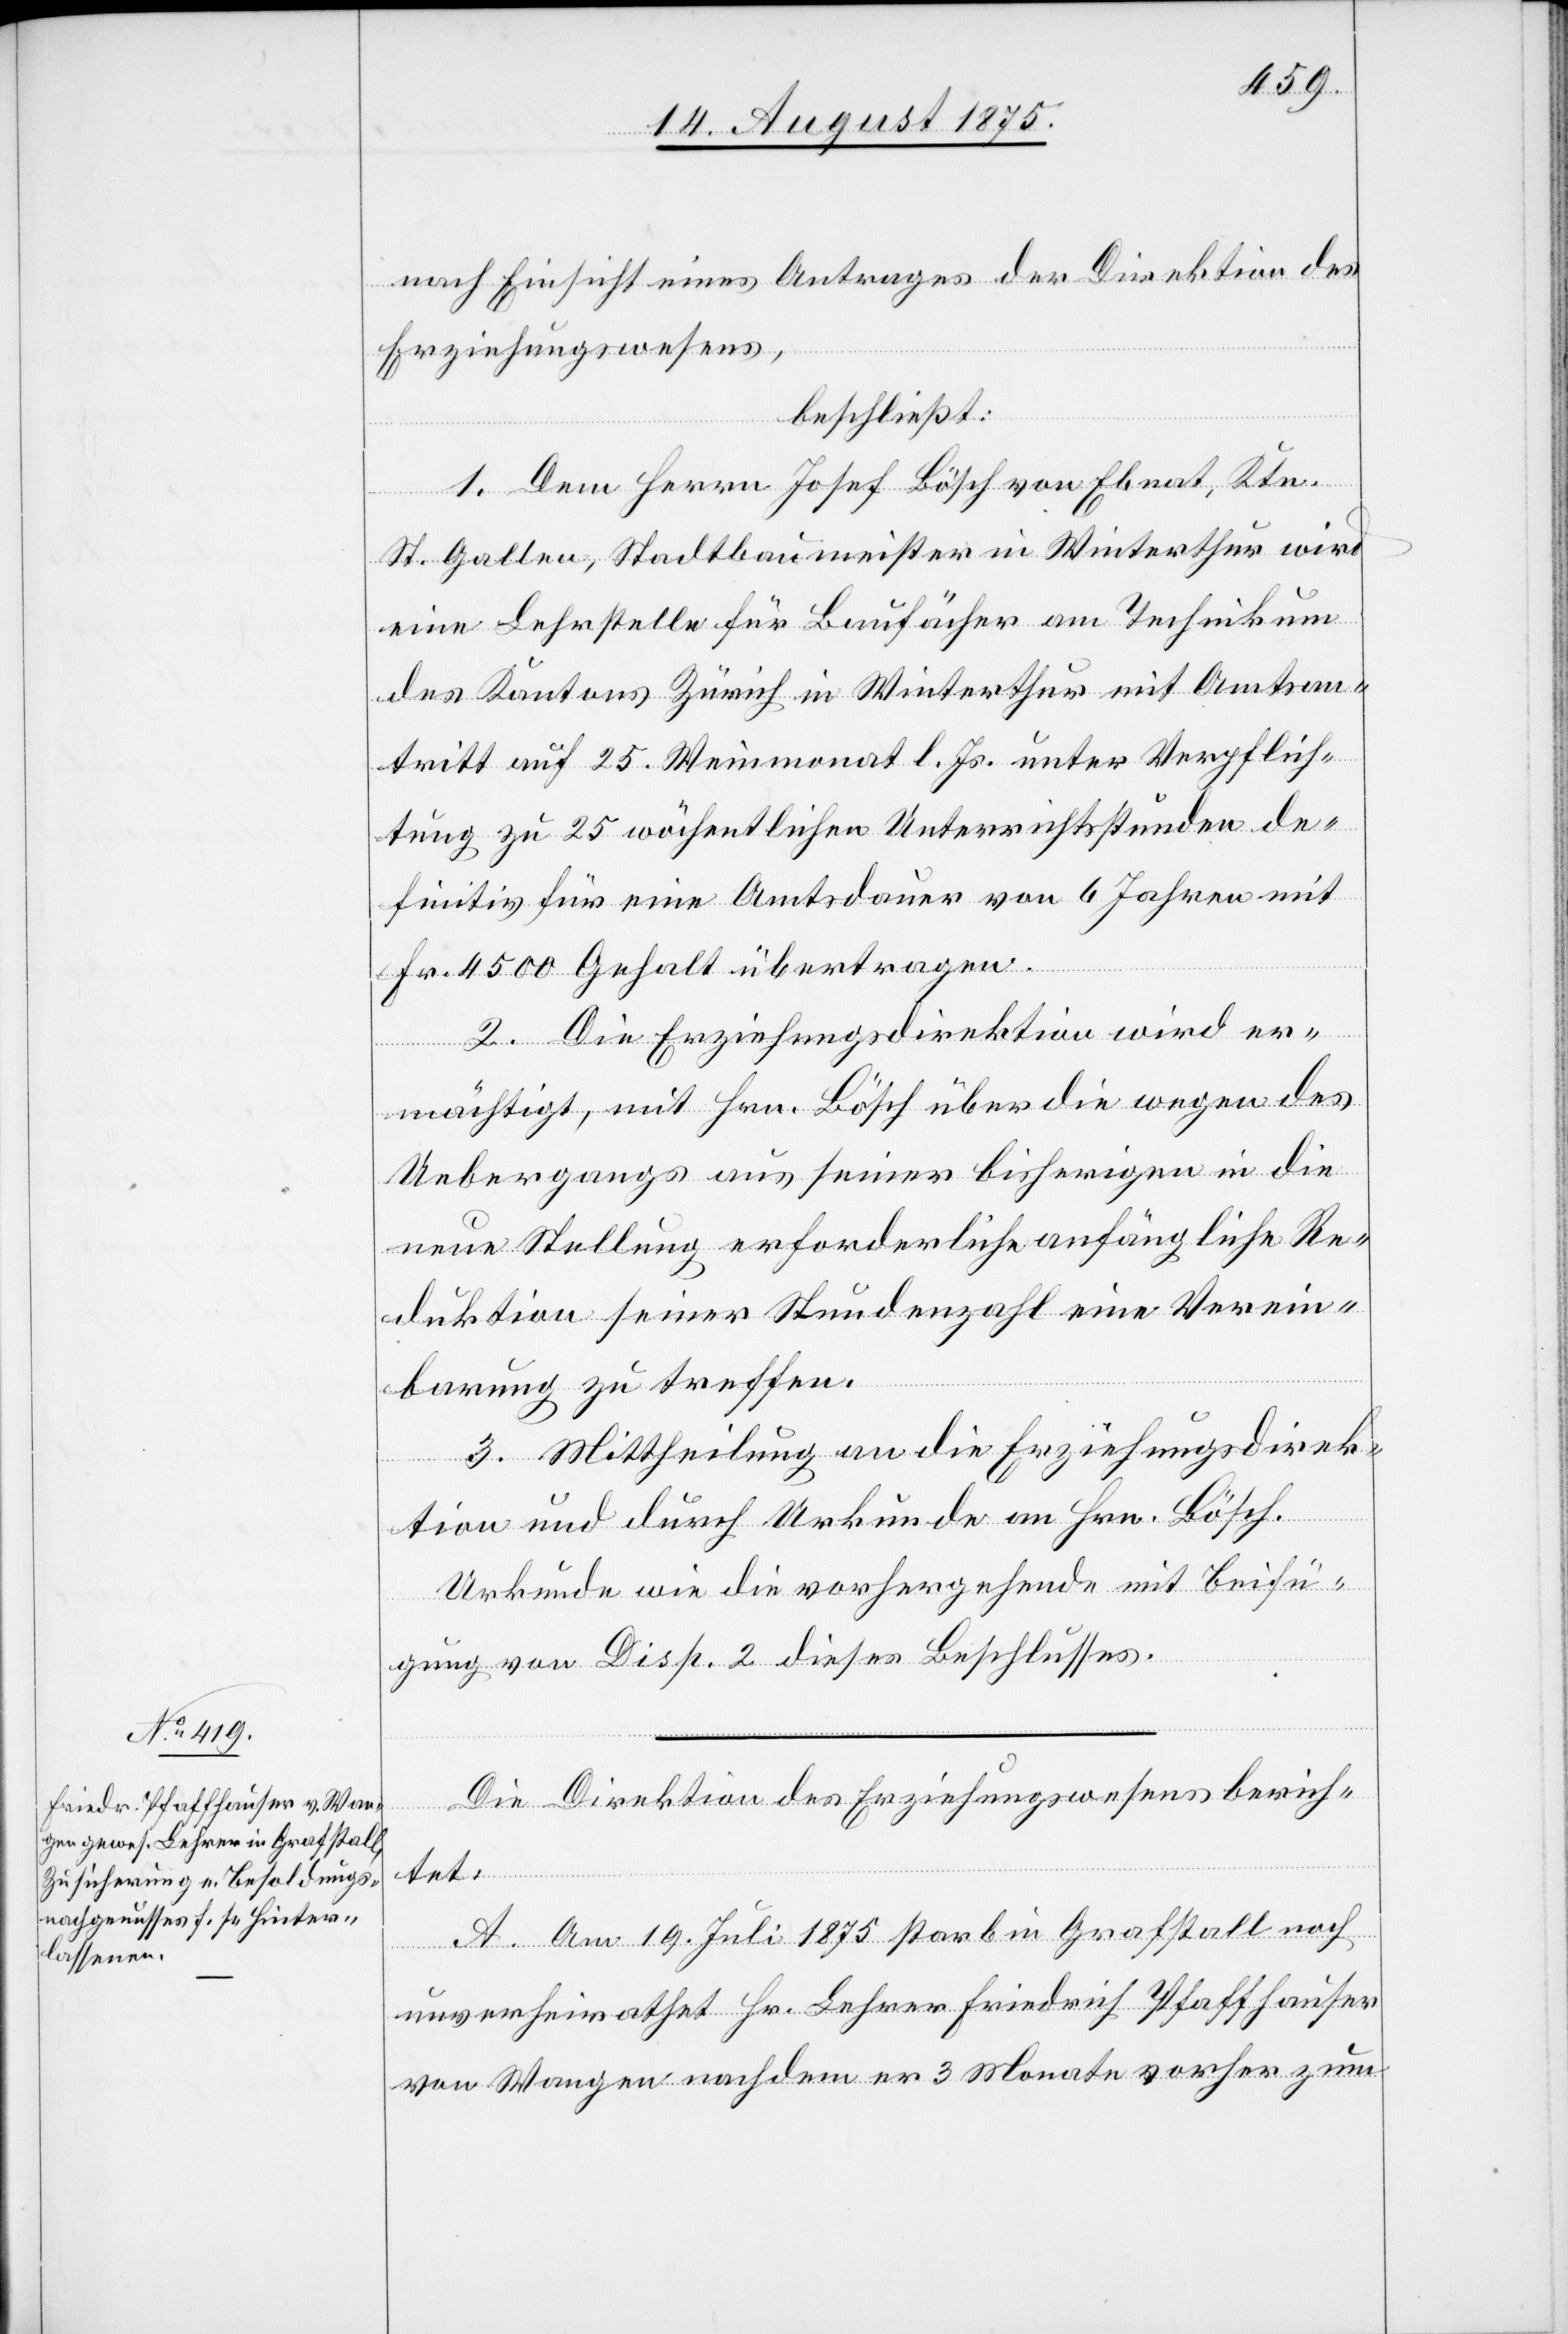
nach Einsicht eines Antrages der Direktion des
Erziehungswesens,
beschließt:
1. Dem Herrn Josef Bösch von Ebnat, Ktn.
St. Gallen, Stadtbaumeister in Winterthur wird
eine Lehrstelle für Baufächer am Technikum
des Kantons Zürich in Winterthur mit Amtsan¬
tritt auf 25. Weinmonat l. Js. unter Verpflich¬
tung zu 25 wöchentlichen Unterrichtsstunden de¬
finitiv für eine Amtsdauer von 6 Jahren mit
Fr. 4500 Gehalt übertragen.
2. Die Erziehungsdirektion wird er¬
mächtigt, mit Hrn. Bösch über die wegen des
Ueberganges aus seiner bisherigen in die
neue Stellung erforderliche anfängliche Re¬
duktion seiner Stundenzahl eine Verein¬
barung zu treffen.
3. Mittheilung an die Erziehungsdirek¬
tion und durch Urkunde an Hrn. Bösch.
Urkunde wie die vorhergehende mit Beifü¬
gung von Disp. 2 dieses Beschlusses.
Die Direktion des Erziehungswesens berich¬
tet:
A. Am 19. Juli 1875 starb in Grafstall noch
unverheiratet Hr. Lehrer Friedrich Pfaffhauser
von Wangen nachdem er 3 Monate vorher zum